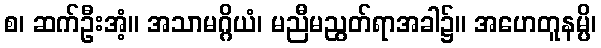
စ၊ ဆက်ဦးအံ့။ အသာမဂ္ဂိယံ၊ မညီမညွတ်ရာအခါ၌။ အဟေတူနမ္ပိ၊